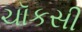
ચૉકસી